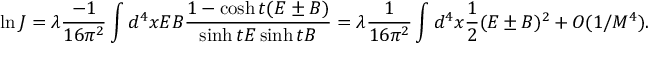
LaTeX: \ln J = \lambda \frac { - 1 } { 1 6 \pi ^ { 2 } } \int d ^ { 4 } x E B \frac { 1 - \cosh t ( E \pm B ) } { \sinh t E \sinh t B } = \lambda \frac { 1 } { 1 6 \pi ^ { 2 } } \int d ^ { 4 } x \frac { 1 } { 2 } ( E \pm B ) ^ { 2 } + O ( 1 / M ^ { 4 } ) .